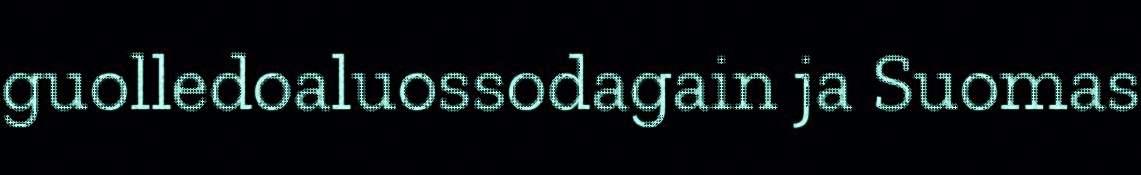
guolledoaluossodagain ja Suomas